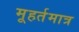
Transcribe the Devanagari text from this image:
मूहर्तमात्र